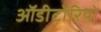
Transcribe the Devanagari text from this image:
ऑडीटोरियो